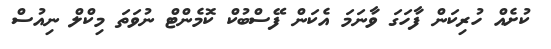
ކުށެއް ހުރިކަން ފާހަގަ ވާނަމަ އެކަން ފޭސްބުކް ކޮމެންޓް ނުވަތަ މިކްލް ނިއުސް